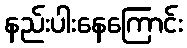
နည်းပါးနေကြောင်း